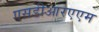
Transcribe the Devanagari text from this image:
एसडीआरएएम